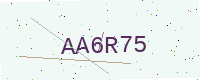
Text: AA6R75